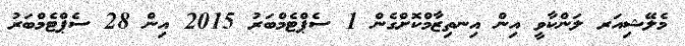
މެލޭޝިއަރ ލަންކާވީ އިން އިނތިޒާމްކޮށްގެން 1 ސެޕްޓެމްބަރު 2015 އިން 28 ސެޕްޓެމްބަރު